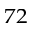
^ { 7 2 }